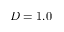
D = 1 . 0